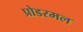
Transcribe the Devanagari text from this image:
प्रोडरमल